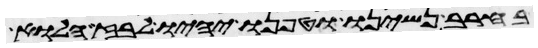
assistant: בחרב נשינו וטפנו יהיו לבוז הלוא